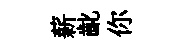
薪齔你